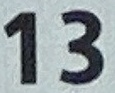
13